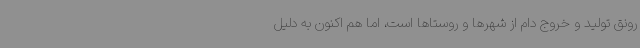
رونق تولید و خروج دام از شهرها و روستاها است، اما هم اکنون به دلیل